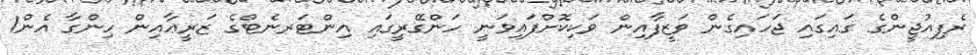
ރެފިއުޖީންގެ ގައިގައި ޖަހައިގެން ވަޒީފާއިން ވަކިކޮށްފައިވަނީ ހަންގޭރީގައި އިންޓަރނެޓްގެ ޒަރީޢާއިން ހިންގާ އެން1